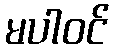
မပါဝင်